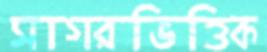
সাগরভিত্তিক